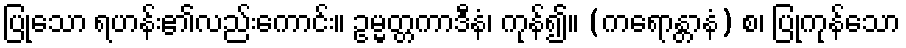
ပြုသော ရဟန်း၏လည်းကောင်း။ ဥမ္မတ္တကာဒီနံ၊ ကုန်၍။ (ကရောန္တာနံ) စ၊ ပြုကုန်သော